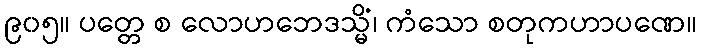
၉၀၅။ ပတ္တေ စ လောဟဘေဒသ္မိံ၊ ကံသော စတုကဟာပဏေ။